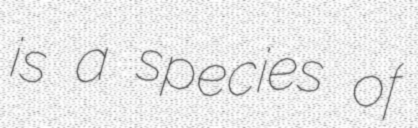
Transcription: is a species of